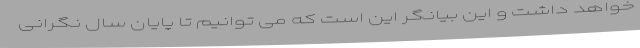
خواهد داشت و این بیانگر این است که می‌ توانیم تا پایان سال نگرانی